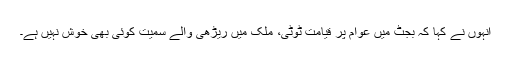
انہوں نے کہا کہ بجٹ میں عوام پر قیامت ٹوٹی، ملک میں ریڑھی والے سمیت کوئی بھی خوش نہیں ہے۔